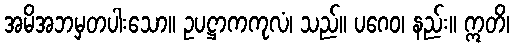
အမိအဘမှတပါးသော။ ဥပဋ္ဌာကကုလံ၊ သည်။ ပဂေဝ၊ နည်း။ ဣတိ၊